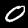
Digit: 0